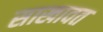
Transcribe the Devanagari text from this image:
साखावत